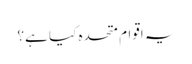
یہ اقوام متحدہ کیا ہے؟